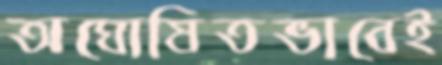
অঘোষিতভাবেই